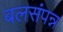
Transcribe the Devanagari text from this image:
बलसंपन्न